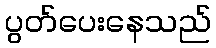
ပွတ်ပေးနေသည်